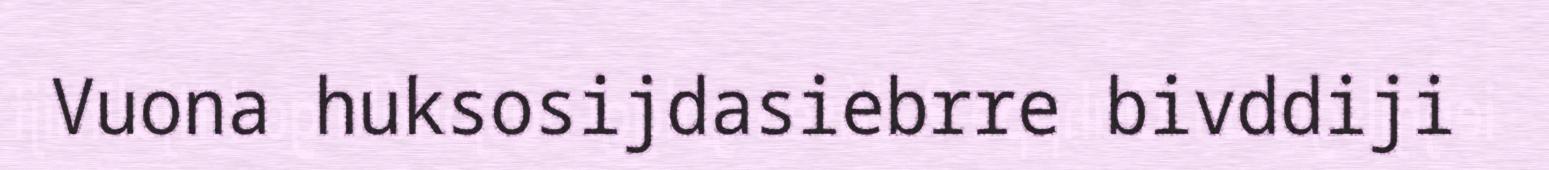
Vuona huksosijdasiebrre bivddiji